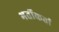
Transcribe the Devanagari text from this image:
भर्तीकर्ता